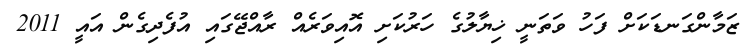
ޒަމާންގަނޑަކަށް ފަހު ވަތަނީ ޚިޔާލުގެ ހަރުކަށި އޮއިވަރެއް ރާއްޖޭގައި އުފެދިގެން އައީ 2011